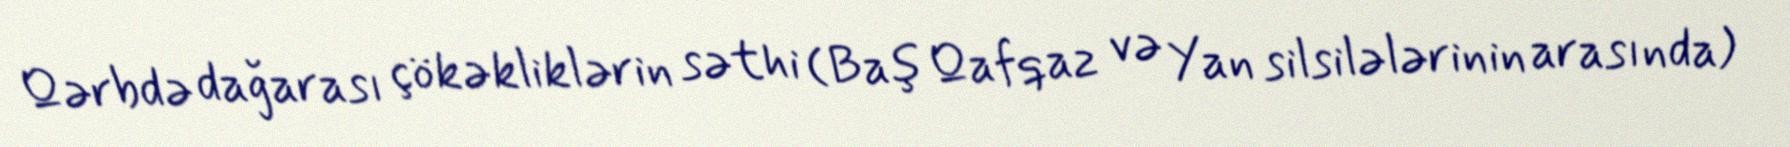
Qərbdə dağarası çökəkliklərin səthi (Baş Qafqaz və Yan silsilələrinin arasında)